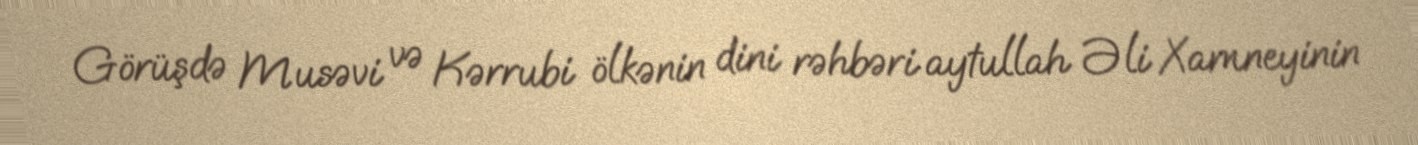
Görüşdə Musəvi və Kərrubi ölkənin dini rəhbəri aytullah Əli Xamneyinin